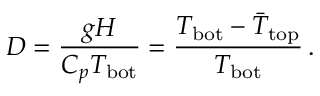
D = \frac { g H } { C _ { p } T _ { \mathrm { b o t } } } = \frac { T _ { \mathrm { b o t } } - \bar { T } _ { \mathrm { t o p } } } { T _ { \mathrm { b o t } } } \, .